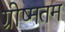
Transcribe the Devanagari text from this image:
ग्रीष्मतम